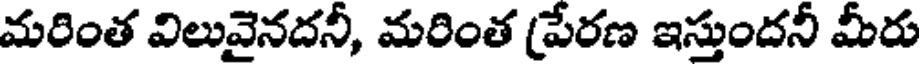
మరింత విలువైనదనీ, మరింత (పేరణ ఇస్తుందనీ మీరు